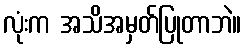
လုံးက အသိအမှတ်ပြုတာဘဲ။